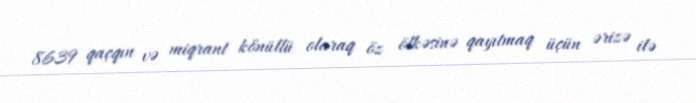
8639 qaçqın və miqrant könüllü olaraq öz ölkəsinə qayıtmaq üçün ərizə ilə